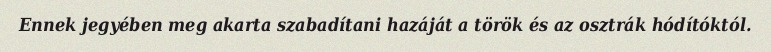
Ennek jegyében meg akarta szabadítani hazáját a török és az osztrák hódítóktól.